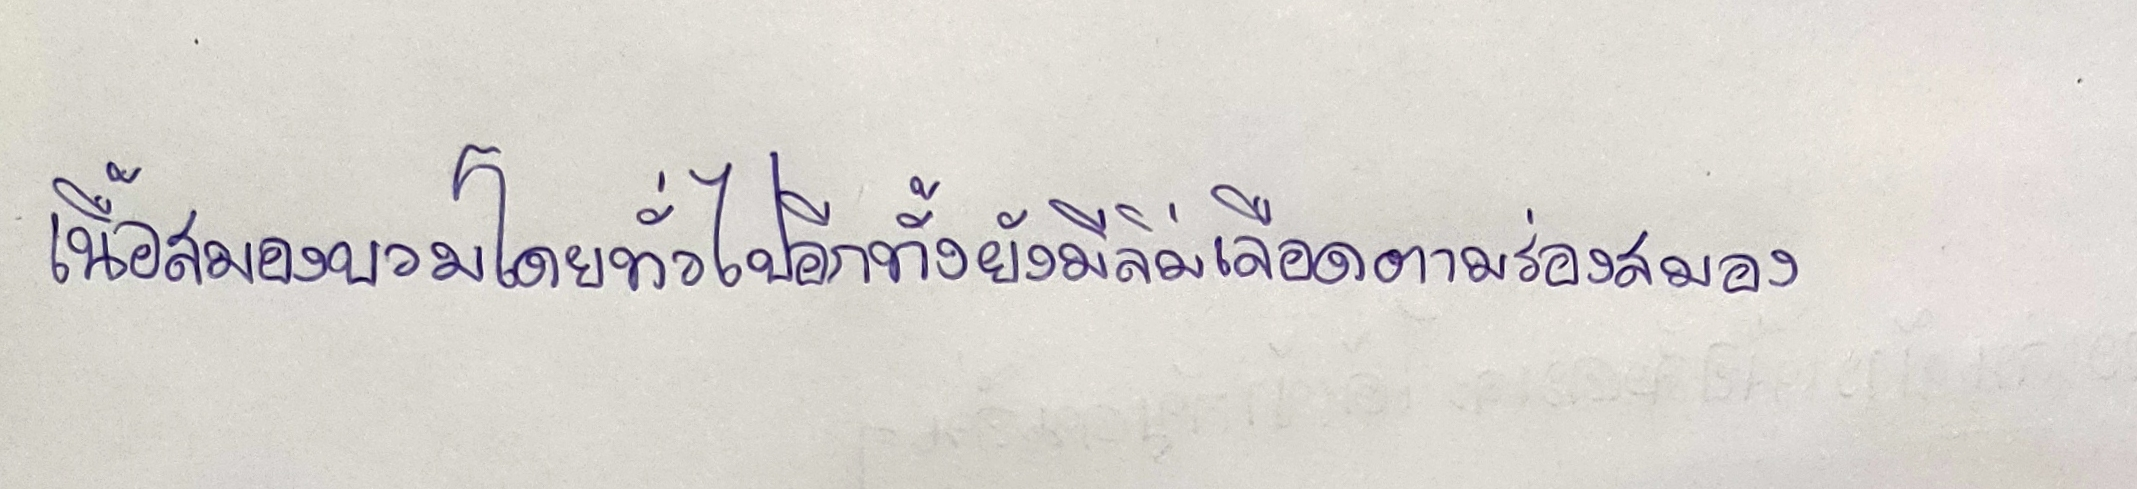
เนื้อสมองบวมโดยทั่วไปอีกทั้งยังมีลิ่มเลือดออกตามร่องสมอง